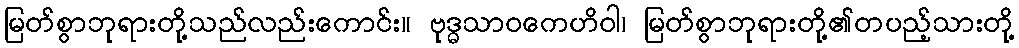
မြတ်စွာဘုရားတို့သည်လည်းကောင်း။ ဗုဒ္ဓသာဝကေဟိဝါ၊ မြတ်စွာဘုရားတို့၏တပည့်သားတို့